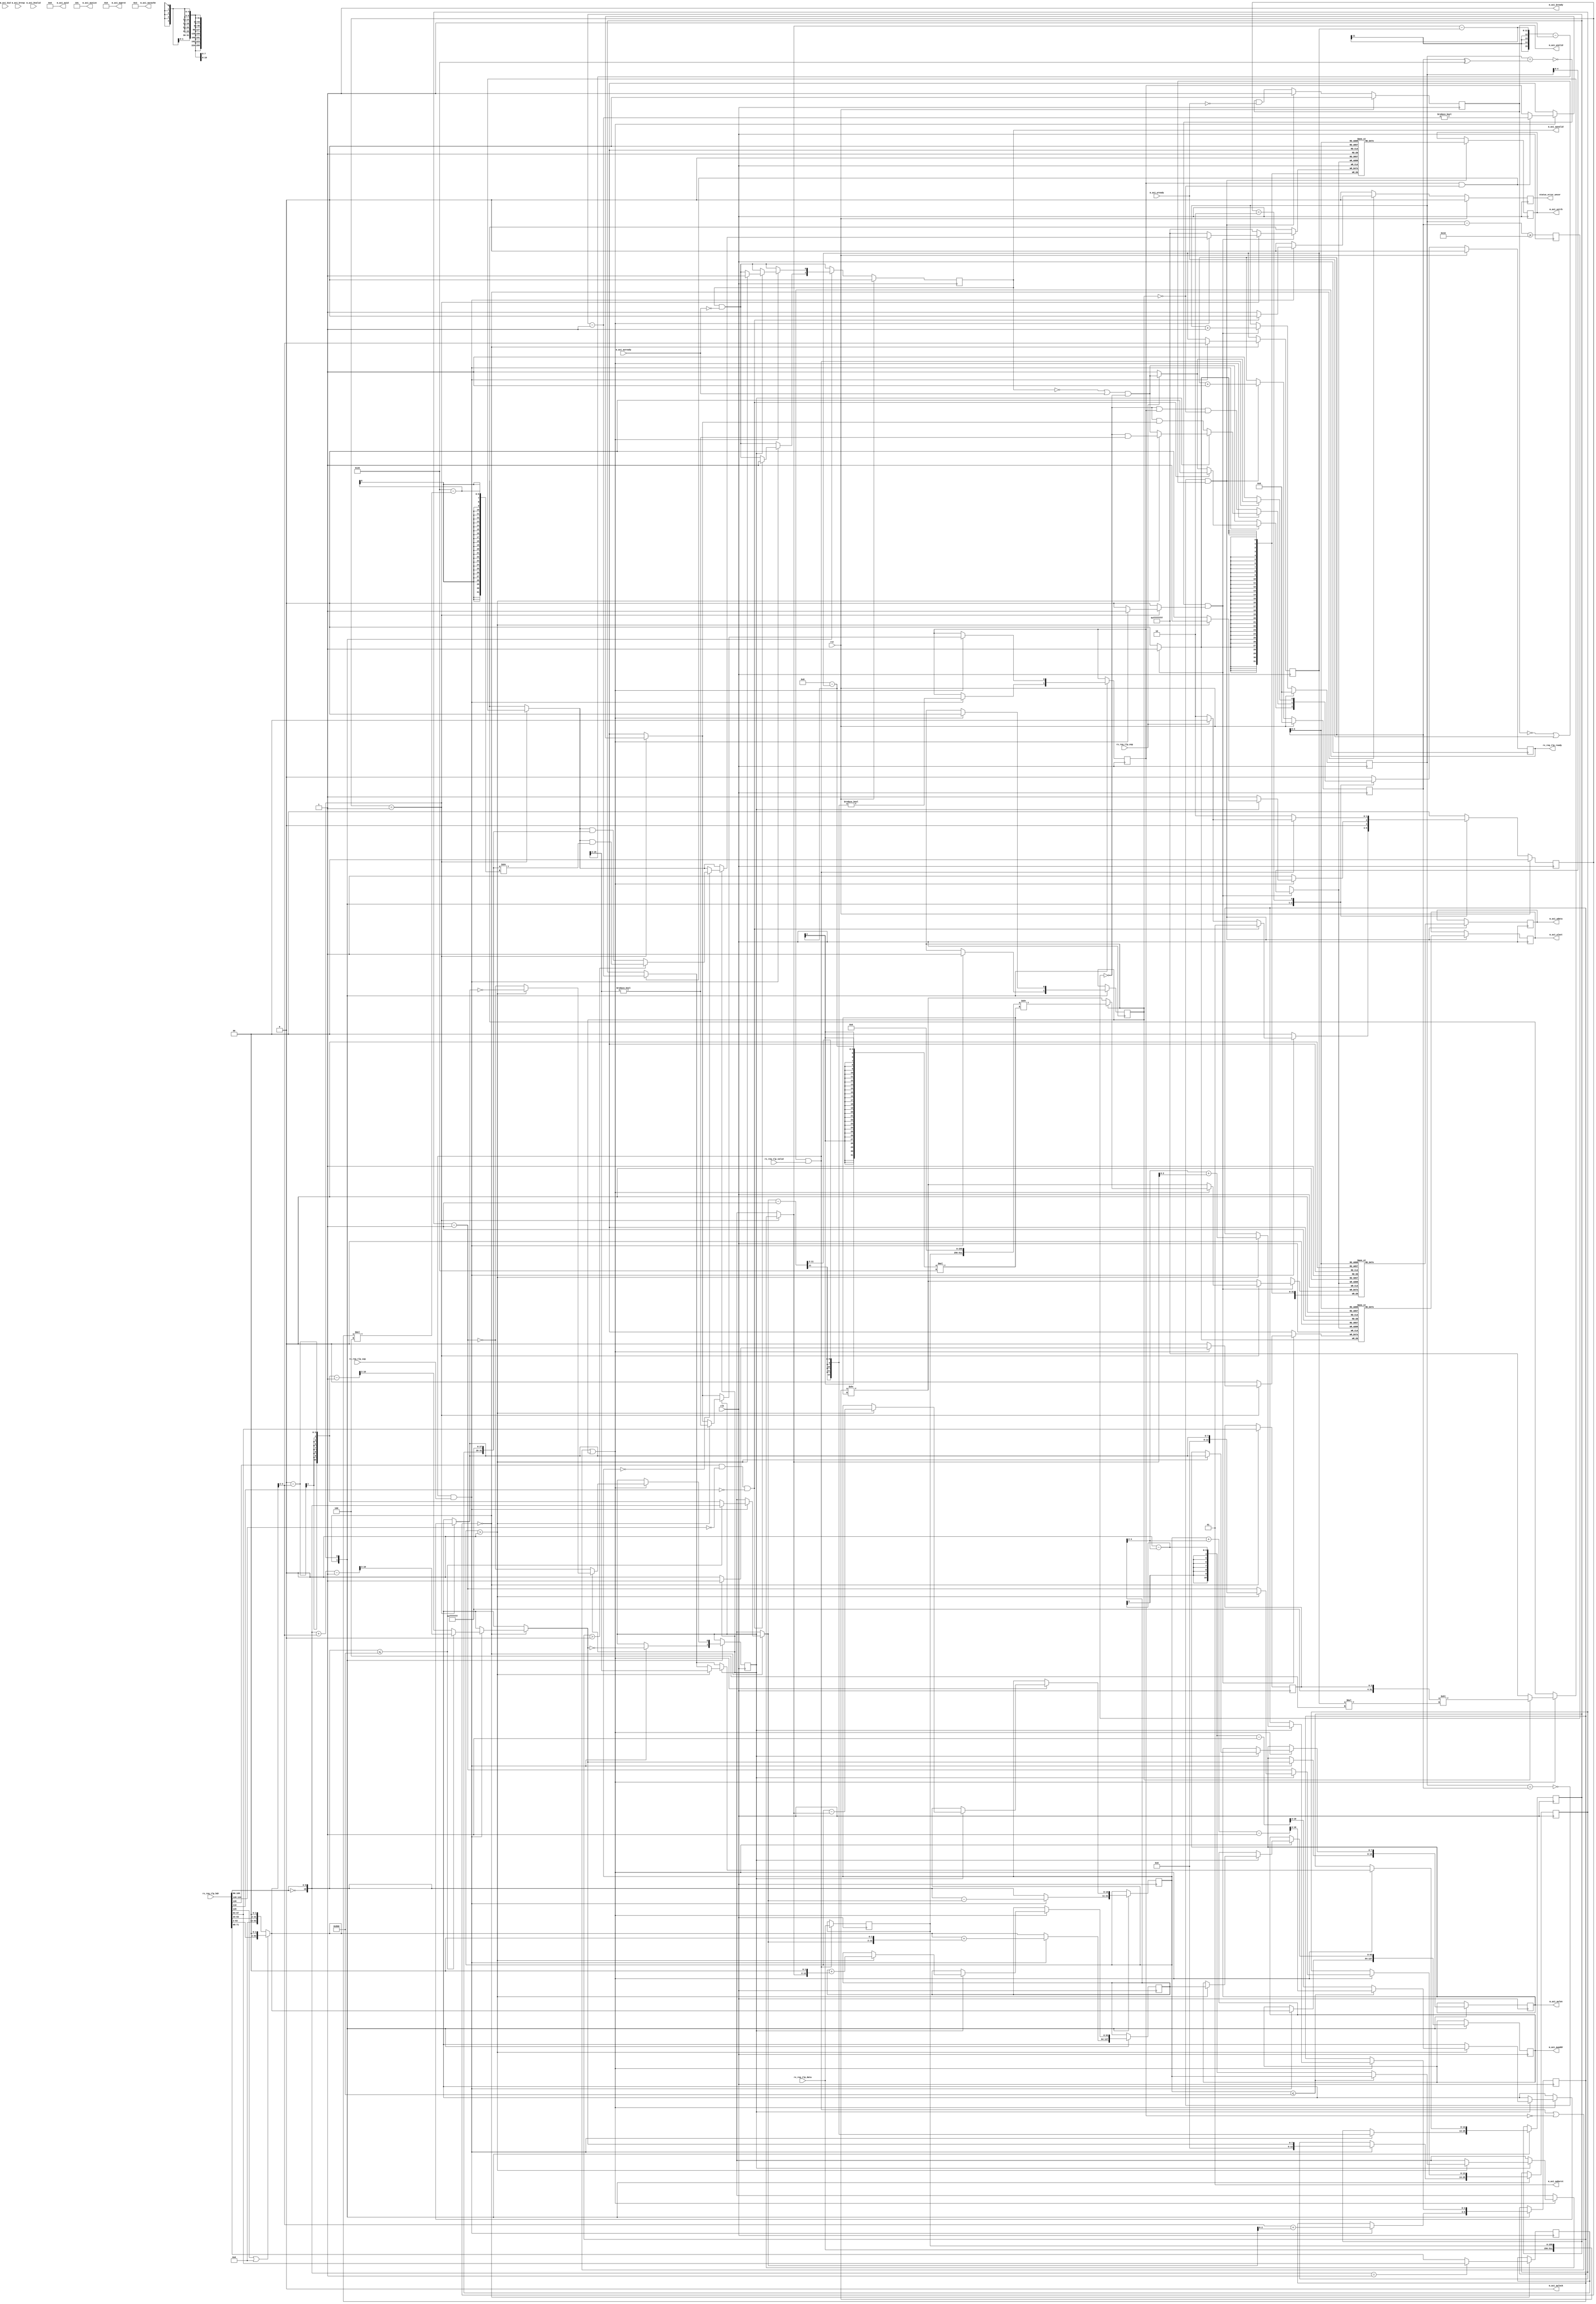
/*

Copyright (c) 2021 Alex Forencich

Permission is hereby granted, free of charge, to any person obtaining a copy
of this software and associated documentation files (the "Software"), to deal
in the Software without restriction, including without limitation the rights
to use, copy, modify, merge, publish, distribute, sublicense, and/or sell
copies of the Software, and to permit persons to whom the Software is
furnished to do so, subject to the following conditions:

The above copyright notice and this permission notice shall be included in
all copies or substantial portions of the Software.

THE SOFTWARE IS PROVIDED "AS IS", WITHOUT WARRANTY OF ANY KIND, EXPRESS OR
IMPLIED, INCLUDING BUT NOT LIMITED TO THE WARRANTIES OF MERCHANTABILITY
FITNESS FOR A PARTICULAR PURPOSE AND NONINFRINGEMENT. IN NO EVENT SHALL THE
AUTHORS OR COPYRIGHT HOLDERS BE LIABLE FOR ANY CLAIM, DAMAGES OR OTHER
LIABILITY, WHETHER IN AN ACTION OF CONTRACT, TORT OR OTHERWISE, ARISING FROM,
OUT OF OR IN CONNECTION WITH THE SOFTWARE OR THE USE OR OTHER DEALINGS IN
THE SOFTWARE.

*/

// Language: Verilog 2001

`resetall
`timescale 1ns / 1ps
`default_nettype none

/*
 * PCIe AXI Master (write)
 */
module pcie_axi_master_wr #
(
    // TLP data width
    parameter TLP_DATA_WIDTH = 256,
    // TLP header width
    parameter TLP_HDR_WIDTH = 128,
    // TLP segment count
    parameter TLP_SEG_COUNT = 1,
    // Width of AXI data bus in bits
    parameter AXI_DATA_WIDTH = TLP_DATA_WIDTH,
    // Width of AXI address bus in bits
    parameter AXI_ADDR_WIDTH = 64,
    // Width of AXI wstrb (width of data bus in words)
    parameter AXI_STRB_WIDTH = (AXI_DATA_WIDTH/8),
    // Width of AXI ID signal
    parameter AXI_ID_WIDTH = 8,
    // Maximum AXI burst length to generate
    parameter AXI_MAX_BURST_LEN = 256,
    // Force 64 bit address
    parameter TLP_FORCE_64_BIT_ADDR = 0
)
(
    input  wire                                    clk,
    input  wire                                    rst,

    /*
     * TLP input (request)
     */
    input  wire [TLP_DATA_WIDTH-1:0]               rx_req_tlp_data,
    input  wire [TLP_SEG_COUNT*TLP_HDR_WIDTH-1:0]  rx_req_tlp_hdr,
    input  wire [TLP_SEG_COUNT-1:0]                rx_req_tlp_valid,
    input  wire [TLP_SEG_COUNT-1:0]                rx_req_tlp_sop,
    input  wire [TLP_SEG_COUNT-1:0]                rx_req_tlp_eop,
    output wire                                    rx_req_tlp_ready,

    /*
     * AXI Master output
     */
    output wire [AXI_ID_WIDTH-1:0]                 m_axi_awid,
    output wire [AXI_ADDR_WIDTH-1:0]               m_axi_awaddr,
    output wire [7:0]                              m_axi_awlen,
    output wire [2:0]                              m_axi_awsize,
    output wire [1:0]                              m_axi_awburst,
    output wire                                    m_axi_awlock,
    output wire [3:0]                              m_axi_awcache,
    output wire [2:0]                              m_axi_awprot,
    output wire                                    m_axi_awvalid,
    input  wire                                    m_axi_awready,
    output wire [AXI_DATA_WIDTH-1:0]               m_axi_wdata,
    output wire [AXI_STRB_WIDTH-1:0]               m_axi_wstrb,
    output wire                                    m_axi_wlast,
    output wire                                    m_axi_wvalid,
    input  wire                                    m_axi_wready,
    input  wire [AXI_ID_WIDTH-1:0]                 m_axi_bid,
    input  wire [1:0]                              m_axi_bresp,
    input  wire                                    m_axi_bvalid,
    output wire                                    m_axi_bready,

    /*
     * Status
     */
    output wire                                    status_error_uncor
);

parameter AXI_WORD_WIDTH = AXI_STRB_WIDTH;
parameter AXI_WORD_SIZE = AXI_DATA_WIDTH/AXI_WORD_WIDTH;
parameter AXI_BURST_SIZE = $clog2(AXI_STRB_WIDTH);
parameter AXI_MAX_BURST_SIZE = AXI_MAX_BURST_LEN*AXI_WORD_WIDTH;

parameter TLP_DATA_WIDTH_BYTES = TLP_DATA_WIDTH/8;
parameter TLP_DATA_WIDTH_DWORDS = TLP_DATA_WIDTH/32;

parameter OFFSET_WIDTH = $clog2(TLP_DATA_WIDTH_DWORDS);

parameter OUTPUT_FIFO_ADDR_WIDTH = 5;

// bus width assertions
initial begin
    if (TLP_SEG_COUNT != 1) begin
        $error("Error: TLP segment count must be 1 (instance %m)");
        $finish;
    end

    if (TLP_HDR_WIDTH != 128) begin
        $error("Error: TLP segment header width must be 128 (instance %m)");
        $finish;
    end

    if (AXI_DATA_WIDTH != TLP_DATA_WIDTH) begin
        $error("Error: AXI interface width must match PCIe interface width (instance %m)");
        $finish;
    end

    if (AXI_STRB_WIDTH * 8 != AXI_DATA_WIDTH) begin
        $error("Error: AXI interface requires byte (8-bit) granularity (instance %m)");
        $finish;
    end

    if (AXI_MAX_BURST_LEN < 1 || AXI_MAX_BURST_LEN > 256) begin
        $error("Error: AXI_MAX_BURST_LEN must be between 1 and 256 (instance %m)");
        $finish;
    end
end

localparam [2:0]
    TLP_FMT_3DW = 3'b000,
    TLP_FMT_4DW = 3'b001,
    TLP_FMT_3DW_DATA = 3'b010,
    TLP_FMT_4DW_DATA = 3'b011,
    TLP_FMT_PREFIX = 3'b100;

localparam [1:0]
    STATE_IDLE = 2'd0,
    STATE_TRANSFER = 2'd1,
    STATE_WAIT_END = 2'd2;

reg [1:0] state_reg = STATE_IDLE, state_next;

reg [AXI_ADDR_WIDTH-1:0] axi_addr_reg = {AXI_ADDR_WIDTH{1'b0}}, axi_addr_next;
reg [10:0] op_dword_count_reg = 11'd0, op_dword_count_next;
reg [10:0] tr_dword_count_reg = 11'd0, tr_dword_count_next;
reg [12:0] input_cycle_count_reg = 13'd0, input_cycle_count_next;
reg [12:0] output_cycle_count_reg = 13'd0, output_cycle_count_next;
reg input_active_reg = 1'b0, input_active_next;
reg first_cycle_reg = 1'b0, first_cycle_next;
reg last_cycle_reg = 1'b0, last_cycle_next;

reg [3:0] type_reg = 4'd0, type_next;
reg [3:0] first_be_reg = 4'd0, first_be_next;
reg [3:0] last_be_reg = 4'd0, last_be_next;
reg [OFFSET_WIDTH-1:0] offset_reg = {OFFSET_WIDTH{1'b0}}, offset_next;
reg [OFFSET_WIDTH-1:0] last_cycle_offset_reg = {OFFSET_WIDTH{1'b0}}, last_cycle_offset_next;

reg [2:0] rx_req_tlp_hdr_fmt;
reg [4:0] rx_req_tlp_hdr_type;
reg [2:0] rx_req_tlp_hdr_tc;
reg rx_req_tlp_hdr_ln;
reg rx_req_tlp_hdr_th;
reg rx_req_tlp_hdr_td;
reg rx_req_tlp_hdr_ep;
reg [2:0] rx_req_tlp_hdr_attr;
reg [1:0] rx_req_tlp_hdr_at;
reg [10:0] rx_req_tlp_hdr_length;
reg [15:0] rx_req_tlp_hdr_requester_id;
reg [9:0] rx_req_tlp_hdr_tag;
reg [7:0] rx_req_tlp_hdr_last_be;
reg [7:0] rx_req_tlp_hdr_first_be;
reg [63:0] rx_req_tlp_hdr_addr;
reg [1:0] rx_req_tlp_hdr_ph;

reg rx_req_tlp_ready_reg = 1'b0, rx_req_tlp_ready_next;

reg [AXI_ADDR_WIDTH-1:0] m_axi_awaddr_reg = {AXI_ADDR_WIDTH{1'b0}}, m_axi_awaddr_next;
reg [7:0] m_axi_awlen_reg = 8'd0, m_axi_awlen_next;
reg m_axi_awvalid_reg = 1'b0, m_axi_awvalid_next;

reg [TLP_DATA_WIDTH-1:0] save_tlp_data_reg = {TLP_DATA_WIDTH{1'b0}};

wire [TLP_DATA_WIDTH-1:0] shift_tlp_data = {rx_req_tlp_data, save_tlp_data_reg} >> ((TLP_DATA_WIDTH_DWORDS-offset_reg)*32);

reg status_error_uncor_reg = 1'b0, status_error_uncor_next;

// internal datapath
reg  [AXI_DATA_WIDTH-1:0]  m_axi_wdata_int;
reg  [AXI_STRB_WIDTH-1:0]  m_axi_wstrb_int;
reg                        m_axi_wvalid_int;
reg                        m_axi_wlast_int;
wire                       m_axi_wready_int;

assign rx_req_tlp_ready = rx_req_tlp_ready_reg;

assign m_axi_awid = {AXI_ID_WIDTH{1'b0}};
assign m_axi_awaddr = m_axi_awaddr_reg;
assign m_axi_awlen = m_axi_awlen_reg;
assign m_axi_awsize = $clog2(AXI_STRB_WIDTH);
assign m_axi_awburst = 2'b01;
assign m_axi_awlock = 1'b0;
assign m_axi_awcache = 4'b0011;
assign m_axi_awprot = 3'b010;
assign m_axi_awvalid = m_axi_awvalid_reg;

assign m_axi_bready = 1'b1;

assign status_error_uncor = status_error_uncor_reg;

always @* begin
    state_next = STATE_IDLE;

    type_next = type_reg;
    axi_addr_next = axi_addr_reg;
    op_dword_count_next = op_dword_count_reg;
    tr_dword_count_next = tr_dword_count_reg;
    input_cycle_count_next = input_cycle_count_reg;
    output_cycle_count_next = output_cycle_count_reg;
    input_active_next = input_active_reg;
    first_cycle_next = first_cycle_reg;
    last_cycle_next = last_cycle_reg;
    first_be_next = first_be_reg;
    last_be_next = last_be_reg;
    offset_next = offset_reg;
    last_cycle_offset_next = last_cycle_offset_reg;

    rx_req_tlp_ready_next = 1'b0;

    m_axi_awaddr_next = m_axi_awaddr_reg;
    m_axi_awlen_next = m_axi_awlen_reg;
    m_axi_awvalid_next = m_axi_awvalid_reg && !m_axi_awready;

    m_axi_wdata_int = shift_tlp_data;
    m_axi_wstrb_int = {AXI_STRB_WIDTH{1'b1}};
    m_axi_wvalid_int = 1'b0;
    m_axi_wlast_int = 1'b0;

    status_error_uncor_next = 1'b0;

    // TLP header parsing
    // DW 0
    rx_req_tlp_hdr_fmt = rx_req_tlp_hdr[127:125]; // fmt
    rx_req_tlp_hdr_type = rx_req_tlp_hdr[124:120]; // type
    rx_req_tlp_hdr_tag[9] = rx_req_tlp_hdr[119]; // T9
    rx_req_tlp_hdr_tc = rx_req_tlp_hdr[118:116]; // TC
    rx_req_tlp_hdr_tag[8] = rx_req_tlp_hdr[115]; // T8
    rx_req_tlp_hdr_attr[2] = rx_req_tlp_hdr[114]; // attr
    rx_req_tlp_hdr_ln = rx_req_tlp_hdr[113]; // LN
    rx_req_tlp_hdr_th = rx_req_tlp_hdr[112]; // TH
    rx_req_tlp_hdr_td = rx_req_tlp_hdr[111]; // TD
    rx_req_tlp_hdr_ep = rx_req_tlp_hdr[110]; // EP
    rx_req_tlp_hdr_attr[1:0] = rx_req_tlp_hdr[109:108]; // attr
    rx_req_tlp_hdr_at = rx_req_tlp_hdr[107:106]; // AT
    rx_req_tlp_hdr_length = {rx_req_tlp_hdr[105:96] == 0, rx_req_tlp_hdr[105:96]}; // length
    // DW 1
    rx_req_tlp_hdr_requester_id = rx_req_tlp_hdr[95:80]; // requester ID
    rx_req_tlp_hdr_tag[7:0] = rx_req_tlp_hdr[79:72]; // tag
    rx_req_tlp_hdr_last_be = rx_req_tlp_hdr[71:68]; // last BE
    rx_req_tlp_hdr_first_be = rx_req_tlp_hdr[67:64]; // first BE
    if (rx_req_tlp_hdr_fmt[0] || TLP_FORCE_64_BIT_ADDR) begin
        // 4 DW (64-bit address)
        // DW 2+3
        rx_req_tlp_hdr_addr = {rx_req_tlp_hdr[63:2], 2'b00}; // addr
        rx_req_tlp_hdr_ph = rx_req_tlp_hdr[1:0]; // PH
    end else begin
        // 3 DW (32-bit address)
        // DW 2
        rx_req_tlp_hdr_addr = {rx_req_tlp_hdr[63:34], 2'b00}; // addr
        rx_req_tlp_hdr_ph = rx_req_tlp_hdr[33:32]; // PH
    end

    case (state_reg)
        STATE_IDLE: begin
            // idle state, wait for completion request
            rx_req_tlp_ready_next = (!m_axi_awvalid_reg || m_axi_awready) && m_axi_wready_int;

            axi_addr_next = rx_req_tlp_hdr_addr;
            op_dword_count_next = rx_req_tlp_hdr_length;
            first_be_next = rx_req_tlp_hdr_first_be;
            last_be_next = op_dword_count_next == 1 ? rx_req_tlp_hdr_first_be : rx_req_tlp_hdr_last_be;

            if (rx_req_tlp_ready && rx_req_tlp_valid && rx_req_tlp_sop) begin

                if (op_dword_count_next <= AXI_MAX_BURST_SIZE/4) begin
                    // packet smaller than max burst size
                    // assumed to not cross 4k boundary, send one request
                    tr_dword_count_next = op_dword_count_next;
                    m_axi_awlen_next = (tr_dword_count_next + axi_addr_next[OFFSET_WIDTH+2-1:2] - 1) >> (AXI_BURST_SIZE-2);
                end else begin
                    // packet larger than max burst size
                    // assumed to not cross 4k boundary, aligned split on burst size
                    tr_dword_count_next = AXI_MAX_BURST_SIZE/4 - axi_addr_next[OFFSET_WIDTH+2-1:2];
                    m_axi_awlen_next = (tr_dword_count_next - 1) >> (AXI_BURST_SIZE-2);
                end

                m_axi_awaddr_next = axi_addr_next;

                // required DWORD shift to place first DWORD from the TLP payload into proper position on AXI interface
                offset_next = axi_addr_next >> 2;
                first_cycle_next = 1'b1;

                // number of bus transfers in TLP, DOWRD count divided by bus width in DWORDS
                input_cycle_count_next = (tr_dword_count_next - 1) >> (AXI_BURST_SIZE-2);
                // number of bus transfers to AXI, DWORD count plus DWORD offset, divided by bus width in DWORDS
                output_cycle_count_next = m_axi_awlen_next;
                last_cycle_offset_next = offset_next + tr_dword_count_next;
                last_cycle_next = output_cycle_count_next == 0;
                input_active_next = input_cycle_count_next != 0;

                axi_addr_next = axi_addr_next + (tr_dword_count_next << 2);
                op_dword_count_next = op_dword_count_next - tr_dword_count_next;

                if (rx_req_tlp_hdr_fmt[1] && rx_req_tlp_hdr_type == 5'b00000 && !rx_req_tlp_hdr_ep) begin
                    // write request

                    m_axi_awvalid_next = 1'b1;

                    rx_req_tlp_ready_next = 1'b0;
                    state_next = STATE_TRANSFER;
                end else begin
                    // other request
                    status_error_uncor_next = 1'b1;

                    if (rx_req_tlp_eop) begin
                        state_next = STATE_IDLE;
                    end else begin
                        rx_req_tlp_ready_next = 1'b1;
                        state_next = STATE_WAIT_END;
                    end
                end
            end
        end
        STATE_TRANSFER: begin
            // transfer state, transfer data
            rx_req_tlp_ready_next = m_axi_wready_int && input_active_reg && !first_cycle_reg;

            if ((rx_req_tlp_ready && rx_req_tlp_valid) || !input_active_reg || first_cycle_reg) begin
                // transfer data

                if (first_cycle_reg) begin
                    m_axi_wdata_int = {save_tlp_data_reg, {TLP_DATA_WIDTH{1'b0}}} >> ((TLP_DATA_WIDTH_DWORDS-offset_reg)*32);
                    rx_req_tlp_ready_next = m_axi_wready_int && input_active_reg;
                end else begin
                    m_axi_wdata_int = shift_tlp_data;
                end
                // generate strb signal
                if (first_cycle_reg) begin
                    m_axi_wstrb_int = {{AXI_STRB_WIDTH-4{1'b1}}, first_be_reg} << (offset_reg*4);
                end else begin
                    m_axi_wstrb_int = {AXI_STRB_WIDTH{1'b1}};
                end

                // update cycle counters
                if (input_active_reg && !first_cycle_reg) begin
                    input_cycle_count_next = input_cycle_count_reg - 1;
                    input_active_next = input_cycle_count_next != 0;
                end
                output_cycle_count_next = output_cycle_count_reg - 1;
                last_cycle_next = output_cycle_count_next == 0;

                // modify strb signal at end of transfer
                if (last_cycle_reg) begin
                    if (op_dword_count_reg == 0) begin
                        if (last_cycle_offset_reg > 0) begin
                            m_axi_wstrb_int = m_axi_wstrb_int & {last_be_reg, {AXI_STRB_WIDTH-4{1'b1}}} >> (AXI_STRB_WIDTH-last_cycle_offset_reg*4);
                        end else begin
                            m_axi_wstrb_int = m_axi_wstrb_int & {last_be_reg, {AXI_STRB_WIDTH-4{1'b1}}};
                        end
                    end
                    m_axi_wlast_int = 1'b1;
                end
                m_axi_wvalid_int = 1'b1;
                first_cycle_next = 1'b0;

                if (!last_cycle_reg) begin
                    // more data to transfer
                    rx_req_tlp_ready_next = m_axi_wready_int && input_active_next;
                    state_next = STATE_TRANSFER;
                end else if (op_dword_count_reg > 0) begin
                    // current transfer done, but operation not finished yet
                    if (op_dword_count_reg <= AXI_MAX_BURST_SIZE/4) begin
                        // packet smaller than max burst size
                        // assumed to not cross 4k boundary, send one request
                        tr_dword_count_next = op_dword_count_reg;
                        m_axi_awlen_next = (tr_dword_count_next + axi_addr_reg[OFFSET_WIDTH+2-1:2] - 1) >> (AXI_BURST_SIZE-2);
                    end else begin
                        // packet larger than max burst size
                        // assumed to not cross 4k boundary, aligned split on burst size
                        tr_dword_count_next = AXI_MAX_BURST_SIZE/4 - axi_addr_reg[OFFSET_WIDTH+2-1:2];
                        m_axi_awlen_next = (tr_dword_count_next - 1) >> (AXI_BURST_SIZE-2);
                    end

                    m_axi_awaddr_next = axi_addr_reg;

                    // number of bus transfers in TLP, DOWRD count minus payload start DWORD offset, divided by bus width in DWORDS
                    input_cycle_count_next = (tr_dword_count_next - offset_reg - 1) >> (AXI_BURST_SIZE-2);
                    // number of bus transfers to AXI, DWORD count plus DWORD offset, divided by bus width in DWORDS
                    output_cycle_count_next = m_axi_awlen_next;
                    last_cycle_offset_next = axi_addr_reg[OFFSET_WIDTH+2-1:2] + tr_dword_count_next;
                    last_cycle_next = output_cycle_count_next == 0;
                    input_active_next = input_cycle_count_next != 0;

                    axi_addr_next = axi_addr_reg + (tr_dword_count_next << 2);
                    op_dword_count_next = op_dword_count_reg - tr_dword_count_next;

                    m_axi_awvalid_next = 1'b1;
                    rx_req_tlp_ready_next = m_axi_wready_int && input_active_next;
                    state_next = STATE_TRANSFER;
                end else begin
                    rx_req_tlp_ready_next = (!m_axi_awvalid_reg || m_axi_awready) && m_axi_wready_int;
                    state_next = STATE_IDLE;
                end
            end else begin
                state_next = STATE_TRANSFER;
            end
        end
        STATE_WAIT_END: begin
            // wait end state, wait for end of TLP
            rx_req_tlp_ready_next = 1'b1;

            if (rx_req_tlp_ready && rx_req_tlp_valid) begin
                if (rx_req_tlp_eop) begin

                    rx_req_tlp_ready_next = (!m_axi_awvalid_reg || m_axi_awready) && m_axi_wready_int;

                    state_next = STATE_IDLE;
                end else begin
                    state_next = STATE_WAIT_END;
                end
            end else begin
                state_next = STATE_WAIT_END;
            end
        end
    endcase
end

always @(posedge clk) begin
    state_reg <= state_next;

    axi_addr_reg <= axi_addr_next;
    op_dword_count_reg <= op_dword_count_next;
    tr_dword_count_reg <= tr_dword_count_next;
    input_cycle_count_reg <= input_cycle_count_next;
    output_cycle_count_reg <= output_cycle_count_next;
    input_active_reg <= input_active_next;
    first_cycle_reg <= first_cycle_next;
    last_cycle_reg <= last_cycle_next;

    type_reg <= type_next;
    first_be_reg <= first_be_next;
    last_be_reg <= last_be_next;
    offset_reg <= offset_next;
    last_cycle_offset_reg <= last_cycle_offset_next;

    rx_req_tlp_ready_reg <= rx_req_tlp_ready_next;

    m_axi_awaddr_reg <= m_axi_awaddr_next;
    m_axi_awlen_reg <= m_axi_awlen_next;
    m_axi_awvalid_reg <= m_axi_awvalid_next;

    status_error_uncor_reg <= status_error_uncor_next;

    if (rx_req_tlp_ready && rx_req_tlp_valid) begin
        save_tlp_data_reg <= rx_req_tlp_data;
    end

    if (rst) begin
        state_reg <= STATE_IDLE;

        rx_req_tlp_ready_reg <= 1'b0;

        m_axi_awvalid_reg <= 1'b0;

        status_error_uncor_reg <= 1'b0;
    end
end

// output datapath logic (AXI write data)
reg [AXI_DATA_WIDTH-1:0] m_axi_wdata_reg  = {AXI_DATA_WIDTH{1'b0}};
reg [AXI_STRB_WIDTH-1:0] m_axi_wstrb_reg  = {AXI_STRB_WIDTH{1'b0}};
reg                      m_axi_wlast_reg  = 1'b0;
reg                      m_axi_wvalid_reg = 1'b0;

reg [OUTPUT_FIFO_ADDR_WIDTH+1-1:0] out_fifo_wr_ptr_reg = 0;
reg [OUTPUT_FIFO_ADDR_WIDTH+1-1:0] out_fifo_rd_ptr_reg = 0;
reg out_fifo_half_full_reg = 1'b0;

wire out_fifo_full = out_fifo_wr_ptr_reg == (out_fifo_rd_ptr_reg ^ {1'b1, {OUTPUT_FIFO_ADDR_WIDTH{1'b0}}});
wire out_fifo_empty = out_fifo_wr_ptr_reg == out_fifo_rd_ptr_reg;

(* ram_style = "distributed", ramstyle = "no_rw_check, mlab" *)
reg [AXI_DATA_WIDTH-1:0] out_fifo_wdata[2**OUTPUT_FIFO_ADDR_WIDTH-1:0];
(* ram_style = "distributed", ramstyle = "no_rw_check, mlab" *)
reg [AXI_STRB_WIDTH-1:0] out_fifo_wstrb[2**OUTPUT_FIFO_ADDR_WIDTH-1:0];
(* ram_style = "distributed", ramstyle = "no_rw_check, mlab" *)
reg                      out_fifo_wlast[2**OUTPUT_FIFO_ADDR_WIDTH-1:0];

assign m_axi_wready_int = !out_fifo_half_full_reg;

assign m_axi_wdata  = m_axi_wdata_reg;
assign m_axi_wstrb  = m_axi_wstrb_reg;
assign m_axi_wvalid = m_axi_wvalid_reg;
assign m_axi_wlast  = m_axi_wlast_reg;

always @(posedge clk) begin
    m_axi_wvalid_reg <= m_axi_wvalid_reg && !m_axi_wready;

    out_fifo_half_full_reg <= $unsigned(out_fifo_wr_ptr_reg - out_fifo_rd_ptr_reg) >= 2**(OUTPUT_FIFO_ADDR_WIDTH-1);

    if (!out_fifo_full && m_axi_wvalid_int) begin
        out_fifo_wdata[out_fifo_wr_ptr_reg[OUTPUT_FIFO_ADDR_WIDTH-1:0]] <= m_axi_wdata_int;
        out_fifo_wstrb[out_fifo_wr_ptr_reg[OUTPUT_FIFO_ADDR_WIDTH-1:0]] <= m_axi_wstrb_int;
        out_fifo_wlast[out_fifo_wr_ptr_reg[OUTPUT_FIFO_ADDR_WIDTH-1:0]] <= m_axi_wlast_int;
        out_fifo_wr_ptr_reg <= out_fifo_wr_ptr_reg + 1;
    end

    if (!out_fifo_empty && (!m_axi_wvalid_reg || m_axi_wready)) begin
        m_axi_wdata_reg <= out_fifo_wdata[out_fifo_rd_ptr_reg[OUTPUT_FIFO_ADDR_WIDTH-1:0]];
        m_axi_wstrb_reg <= out_fifo_wstrb[out_fifo_rd_ptr_reg[OUTPUT_FIFO_ADDR_WIDTH-1:0]];
        m_axi_wlast_reg <= out_fifo_wlast[out_fifo_rd_ptr_reg[OUTPUT_FIFO_ADDR_WIDTH-1:0]];
        m_axi_wvalid_reg <= 1'b1;
        out_fifo_rd_ptr_reg <= out_fifo_rd_ptr_reg + 1;
    end

    if (rst) begin
        out_fifo_wr_ptr_reg <= 0;
        out_fifo_rd_ptr_reg <= 0;
        m_axi_wvalid_reg <= 1'b0;
    end
end

endmodule

`resetall